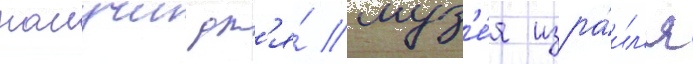
нанучи дл'я́ муз'е́я изра́ил'я